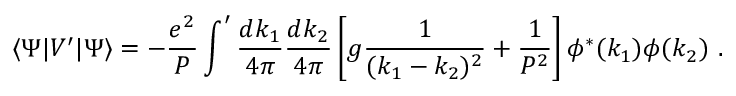
\langle \Psi | V ^ { \prime } | \Psi \rangle = - { \frac { e ^ { 2 } } { P } } \int ^ { \prime } { \frac { d k _ { 1 } } { 4 \pi } } { \frac { d k _ { 2 } } { 4 \pi } } \left[ g { \frac { 1 } { ( k _ { 1 } - k _ { 2 } ) ^ { 2 } } } + { \frac { 1 } { P ^ { 2 } } } \right] \phi ^ { * } ( k _ { 1 } ) \phi ( k _ { 2 } ) \ .